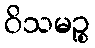
ဝိသမဉ္စ